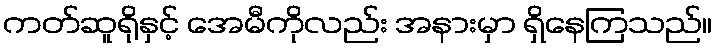
ကတ်ဆူရိုနှင့် အေမီကိုလည်း အနားမှာ ရှိနေကြသည်။